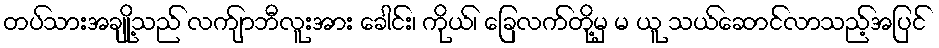
တပ်သားအချို့သည် လက်ျာဘီလူးအား ခေါင်း၊ ကိုယ်၊ ခြေလက်တို့မှ မ ယူ သယ်ဆောင်လာသည့်အပြင်